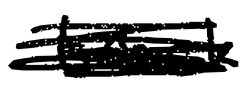
Text: track
Cross-out: mix
Writing tool: digital_black